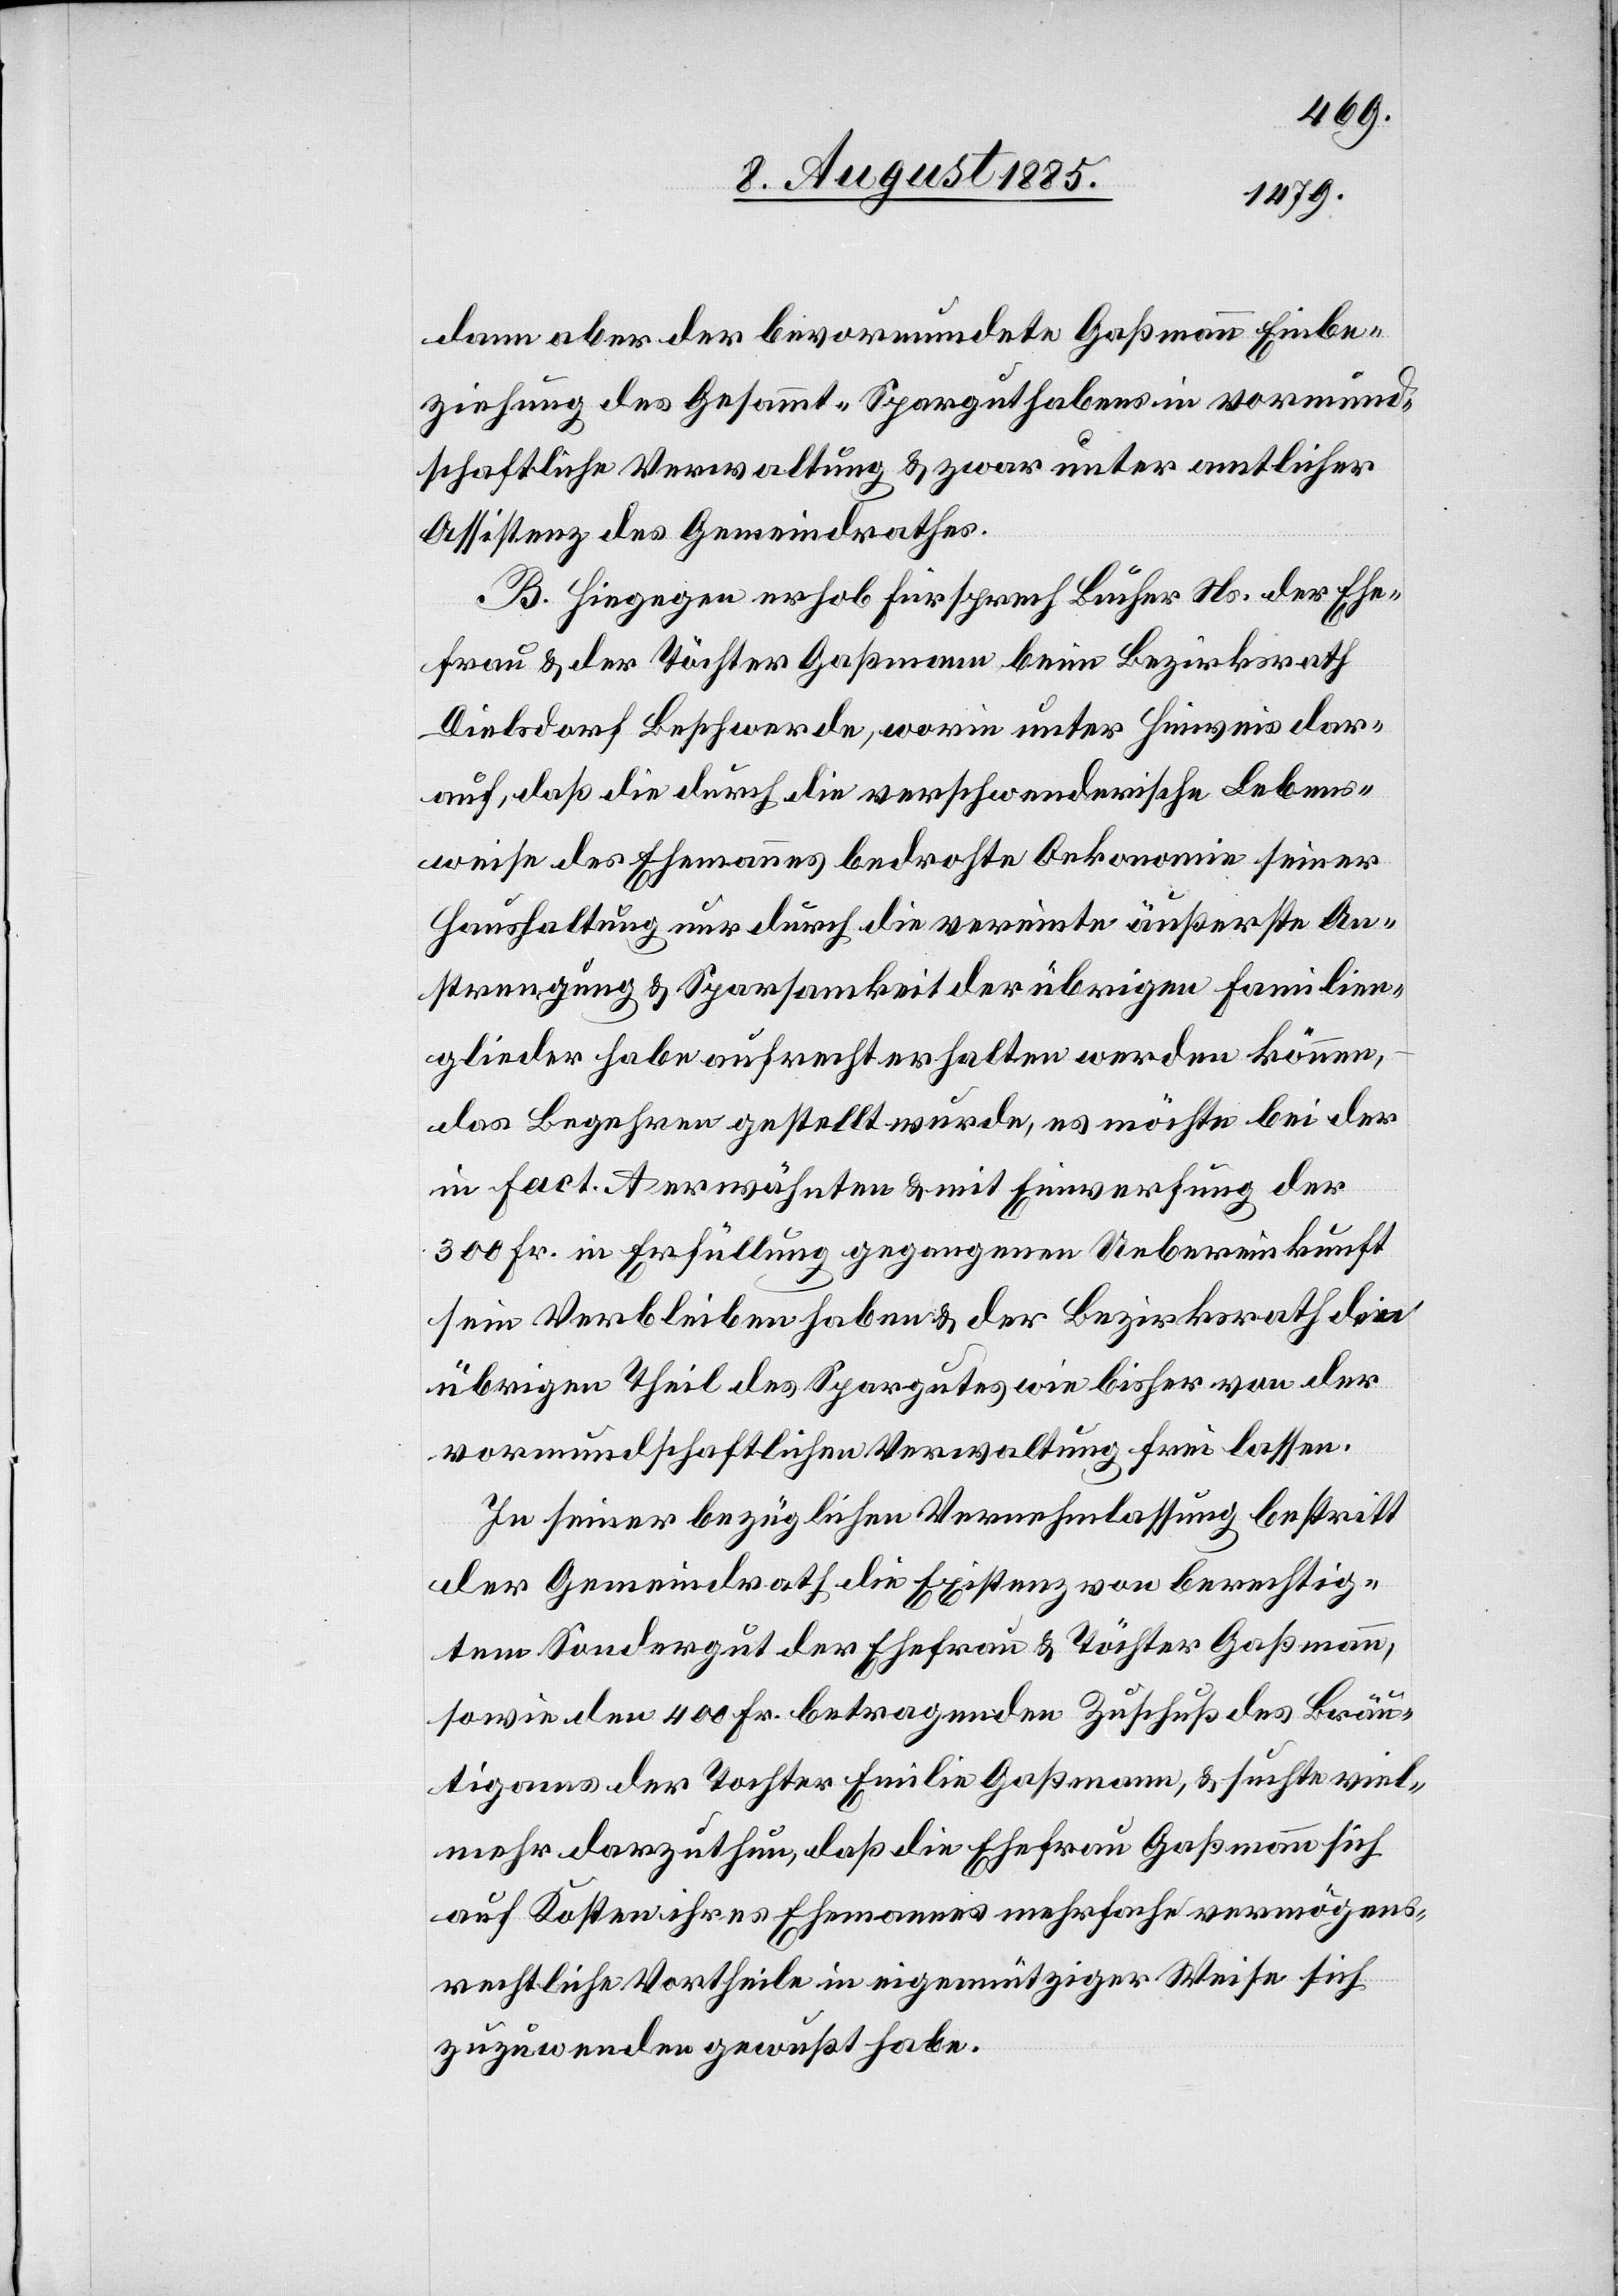
dann aber der bevormundete Gaßmann Einbe¬
ziehung des Gesammt-Sparguthabens in vormund¬
schaftliche Verwaltung & zwar unter amtlicher
Assistenz des Gemeindrathes.
B. Hiegegen erhob Fürsprech Bucher Ns. der Ehe¬
frau & der Töchter Gaßmann beim Bezirksrath
Dielsdorf Beschwerde, worin unter Hinweis dar¬
auf, daß die durch die verschwenderische Lebens¬
weise des Ehemannes bedrohte Oekonomie seiner
Haushaltung nur durch die vereinte äußerste An¬
strengung & Sparsamkeit der übrigen Familien¬
glieder habe aufrechterhalten werden können,
das Begehren gestellt wurde, es möchte bei der
in Fact. A erwähnten & mit Einwerfung der
300 Fr. in Erfüllung gegangenen Uebereinkunft
sein Verbleiben haben & der Bezirksrath die
übrigen Theil des Spargutes wie bisher von der
vormundschaftlichen Verwaltung frei lassen.
In seiner bezüglichen Vernehmlassung bestritt
der Gemeindrath die Existenz von berechtig¬
tem Sondergut der Ehefrau & Töchter Gaßmann,
so wie den 400 Fr. betragenden Zuschuß des Bräu¬
tigams der Tochter Emilie Gaßmann, & suchte viel¬
mehr darzuthun, daß die Ehefrau Gaßmann sich
auf Kosten ihres Ehemannes mehrfache vermögens¬
rechtliche Vortheile in eigennütziger Weise sich
zuzuwenden gewußt habe.